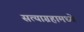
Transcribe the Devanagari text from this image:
सत्याग्रहामध्ये